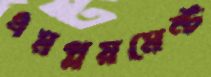
এমপ্লয়মেন্ট